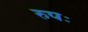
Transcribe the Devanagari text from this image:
रुपः